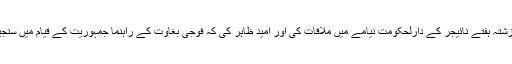
افریقی سفارتکار وں نے گزشتہ ہفتے نائیجر کے دارلحکومت نیامے میں ملاقات کی اور امید ظاہر کی کہ فوجی بغاوت کے راہنما جمہوریت کے قیام میں سنجیدگی کا مظاہرہ کریں گے۔